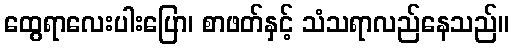
ထွေရာလေးပါးပြော၊ စာဖတ်နှင့် သံသရာလည်နေသည်။